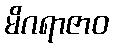
မိဂရာဇာဝ